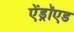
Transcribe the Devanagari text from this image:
ऐंड्रॉएड